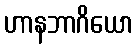
ဟာနဘာဂိယော